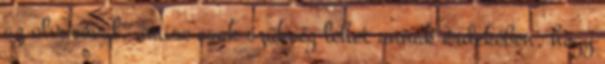
az olvasóval, amire csak szükség lehet annak érdekében, hogy